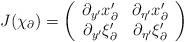
LaTeX: \begin{align*} J(\chi_\partial)= \left( \begin{array}{cc} \partial_{y'}x'_\partial & \partial_{\eta'}x'_\partial\\\partial_{y'}\xi'_\partial & \partial_{\eta'}\xi'_\partial \end{array} \right)\end{align*}